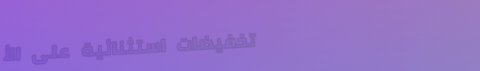
تخفيضات استثنائية على الأ